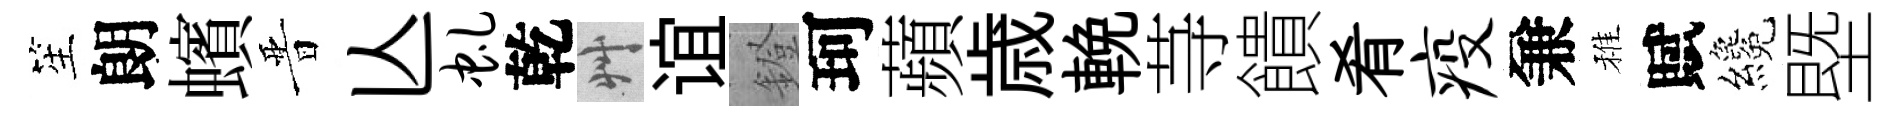
笙朗蠙晋亾虬乾艸谊鐙珂蘋歳輓䒭饋肴疫兼稚賦纔塈